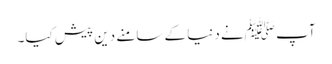
آپ ﷺنے دنیا کے سامنے دین پیش کیا۔